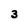
Character: 3